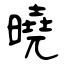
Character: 曉